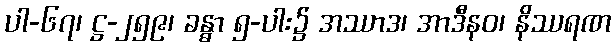
ပါ-၆၇၊ ဋ္ဌ-၂၅၉၊ ခန္ဓာ ၅-ပါး၌ အဿာဒ၊ အာဒီနဝ၊ နိဿရဏ